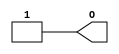
//    Xilinx Proprietary Primitive Cell X_ONE for Verilog
//
// $Header: /devl/xcs/repo/env/Databases/CAEInterfaces/verplex_libs/data/simprims/X_ONE.v,v 1.4.198.3 2004/09/28 20:47:46 wloo Exp $
//

`celldefine
`timescale 1 ps/1 ps

module X_ONE (O);

  output O;

  assign O = 1'b1;

endmodule